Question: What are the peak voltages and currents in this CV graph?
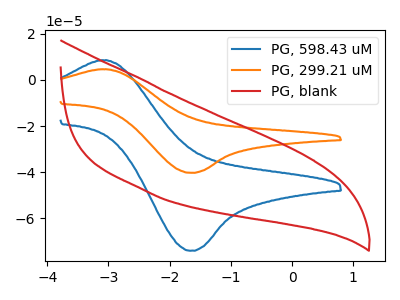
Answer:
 <answer>The blue curve "PG, 598.43 uM" has an anodic peak at (-3.05V, 8.60uA) and a cathodic peak at (-1.65V, -74.20uA). The orange curve "PG, 299.21 uM" has an anodic peak at (-3.05V, 4.70uA) and a cathodic peak at (-1.65V, -40.35uA). The red curve "PG, blank" has no peaks.</answer>
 <eval></eval>